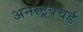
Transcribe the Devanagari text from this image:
अनस्ट्रक्चर्ड